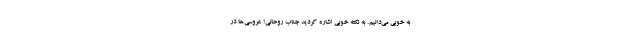
به خوبی می‌دانیم. به نکته خوبی اشاره کردید جناب روحانی! عروسی‌ها در